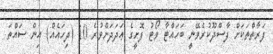
ފަރާތްތަކަށް ފާސްދޫކުރެވޭނީ ބަހައްޓާ ވޯޓު ފޮށީގެ ޢަދަދަށްވުރެ 10 (ދިހައެއް) އިން ސައްތަ